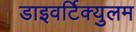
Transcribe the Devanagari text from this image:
डाइवर्टिक्युलम